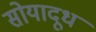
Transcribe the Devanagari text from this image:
सोयादूध